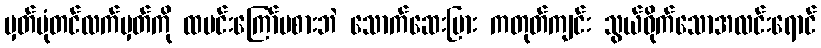
မှတ်ပုံတင်လက်မှတ်ကို ထမင်းကြော်မစားဘဲ သောက်ဆေးပြား ကတုတ်ကျင်း သွယ်ဝိုက်သောအလင်းရောင်